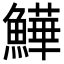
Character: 𩻮